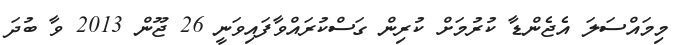
މިމައްސަލަ އެޖެންޑާ ކުރުމަށް ކުރިން ގަސްކުރައްވާފައިވަނީ 26 ޖޫން 2013 ވާ ބުދަ